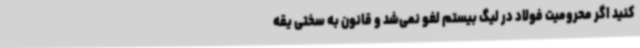
کنید اگر محرومیت فولاد در لیگ بیستم لغو نمی‌شد و قانون به سختی یقه